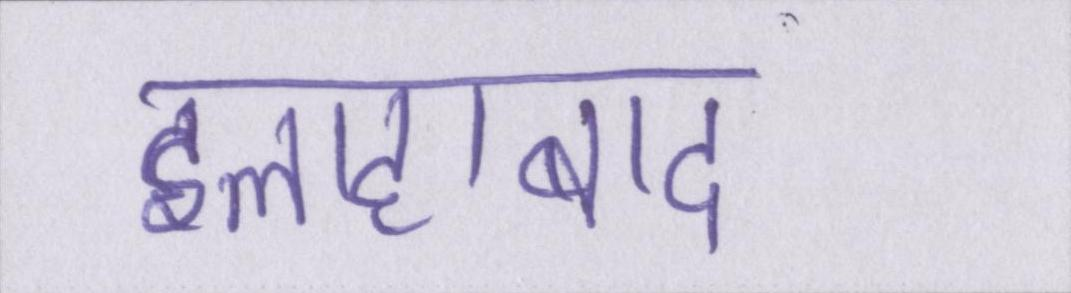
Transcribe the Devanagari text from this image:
इलाहाबाद